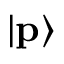
\vert \mathbf { p } \rangle